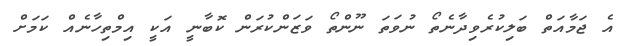
އެ ޖަމާއަތް ބަލިކުރެވިދާނެތޯ ނުވަތަ ނޫންތޯ ވަޒަންކުރަން ކޮބާނީ އަކީ އިމްތިހާނެއް ކަމަށް